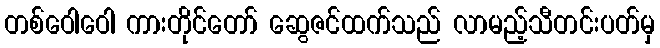
တစ်ဝေါဝေါ ကားတိုင်တော် ဆွေဇင်ထက်သည် လာမည့်သီတင်းပတ်မှ